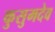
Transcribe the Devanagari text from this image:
कुसुमदेव